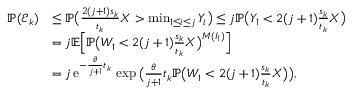
\begin{array} { r l } { \mathbb { P } ( \mathcal E _ { k } ) } & { \leq \mathbb { P } \big ( \frac { 2 ( j + 1 ) s _ { k } } { t _ { k } } X > \operatorname* { m i n } _ { 1 \leq i \leq j } Y _ { i } \big ) \leq j \mathbb { P } \big ( Y _ { 1 } < 2 ( j + 1 ) \frac { s _ { k } } { t _ { k } } X \big ) } \\ & { = j \mathbb { E } \Big [ \mathbb { P } \big ( W _ { 1 } < 2 ( j + 1 ) \frac { s _ { k } } { t _ { k } } X \big ) ^ { M ( I _ { 1 } ) } \Big ] } \\ & { = j \, \mathrm { e } ^ { - \frac { \theta } { j + 1 } t _ { k } } \, \exp \big ( \frac { \theta } { j + 1 } t _ { k } \mathbb { P } \big ( W _ { 1 } < 2 ( j + 1 ) \frac { s _ { k } } { t _ { k } } X \big ) \big ) , } \end{array}